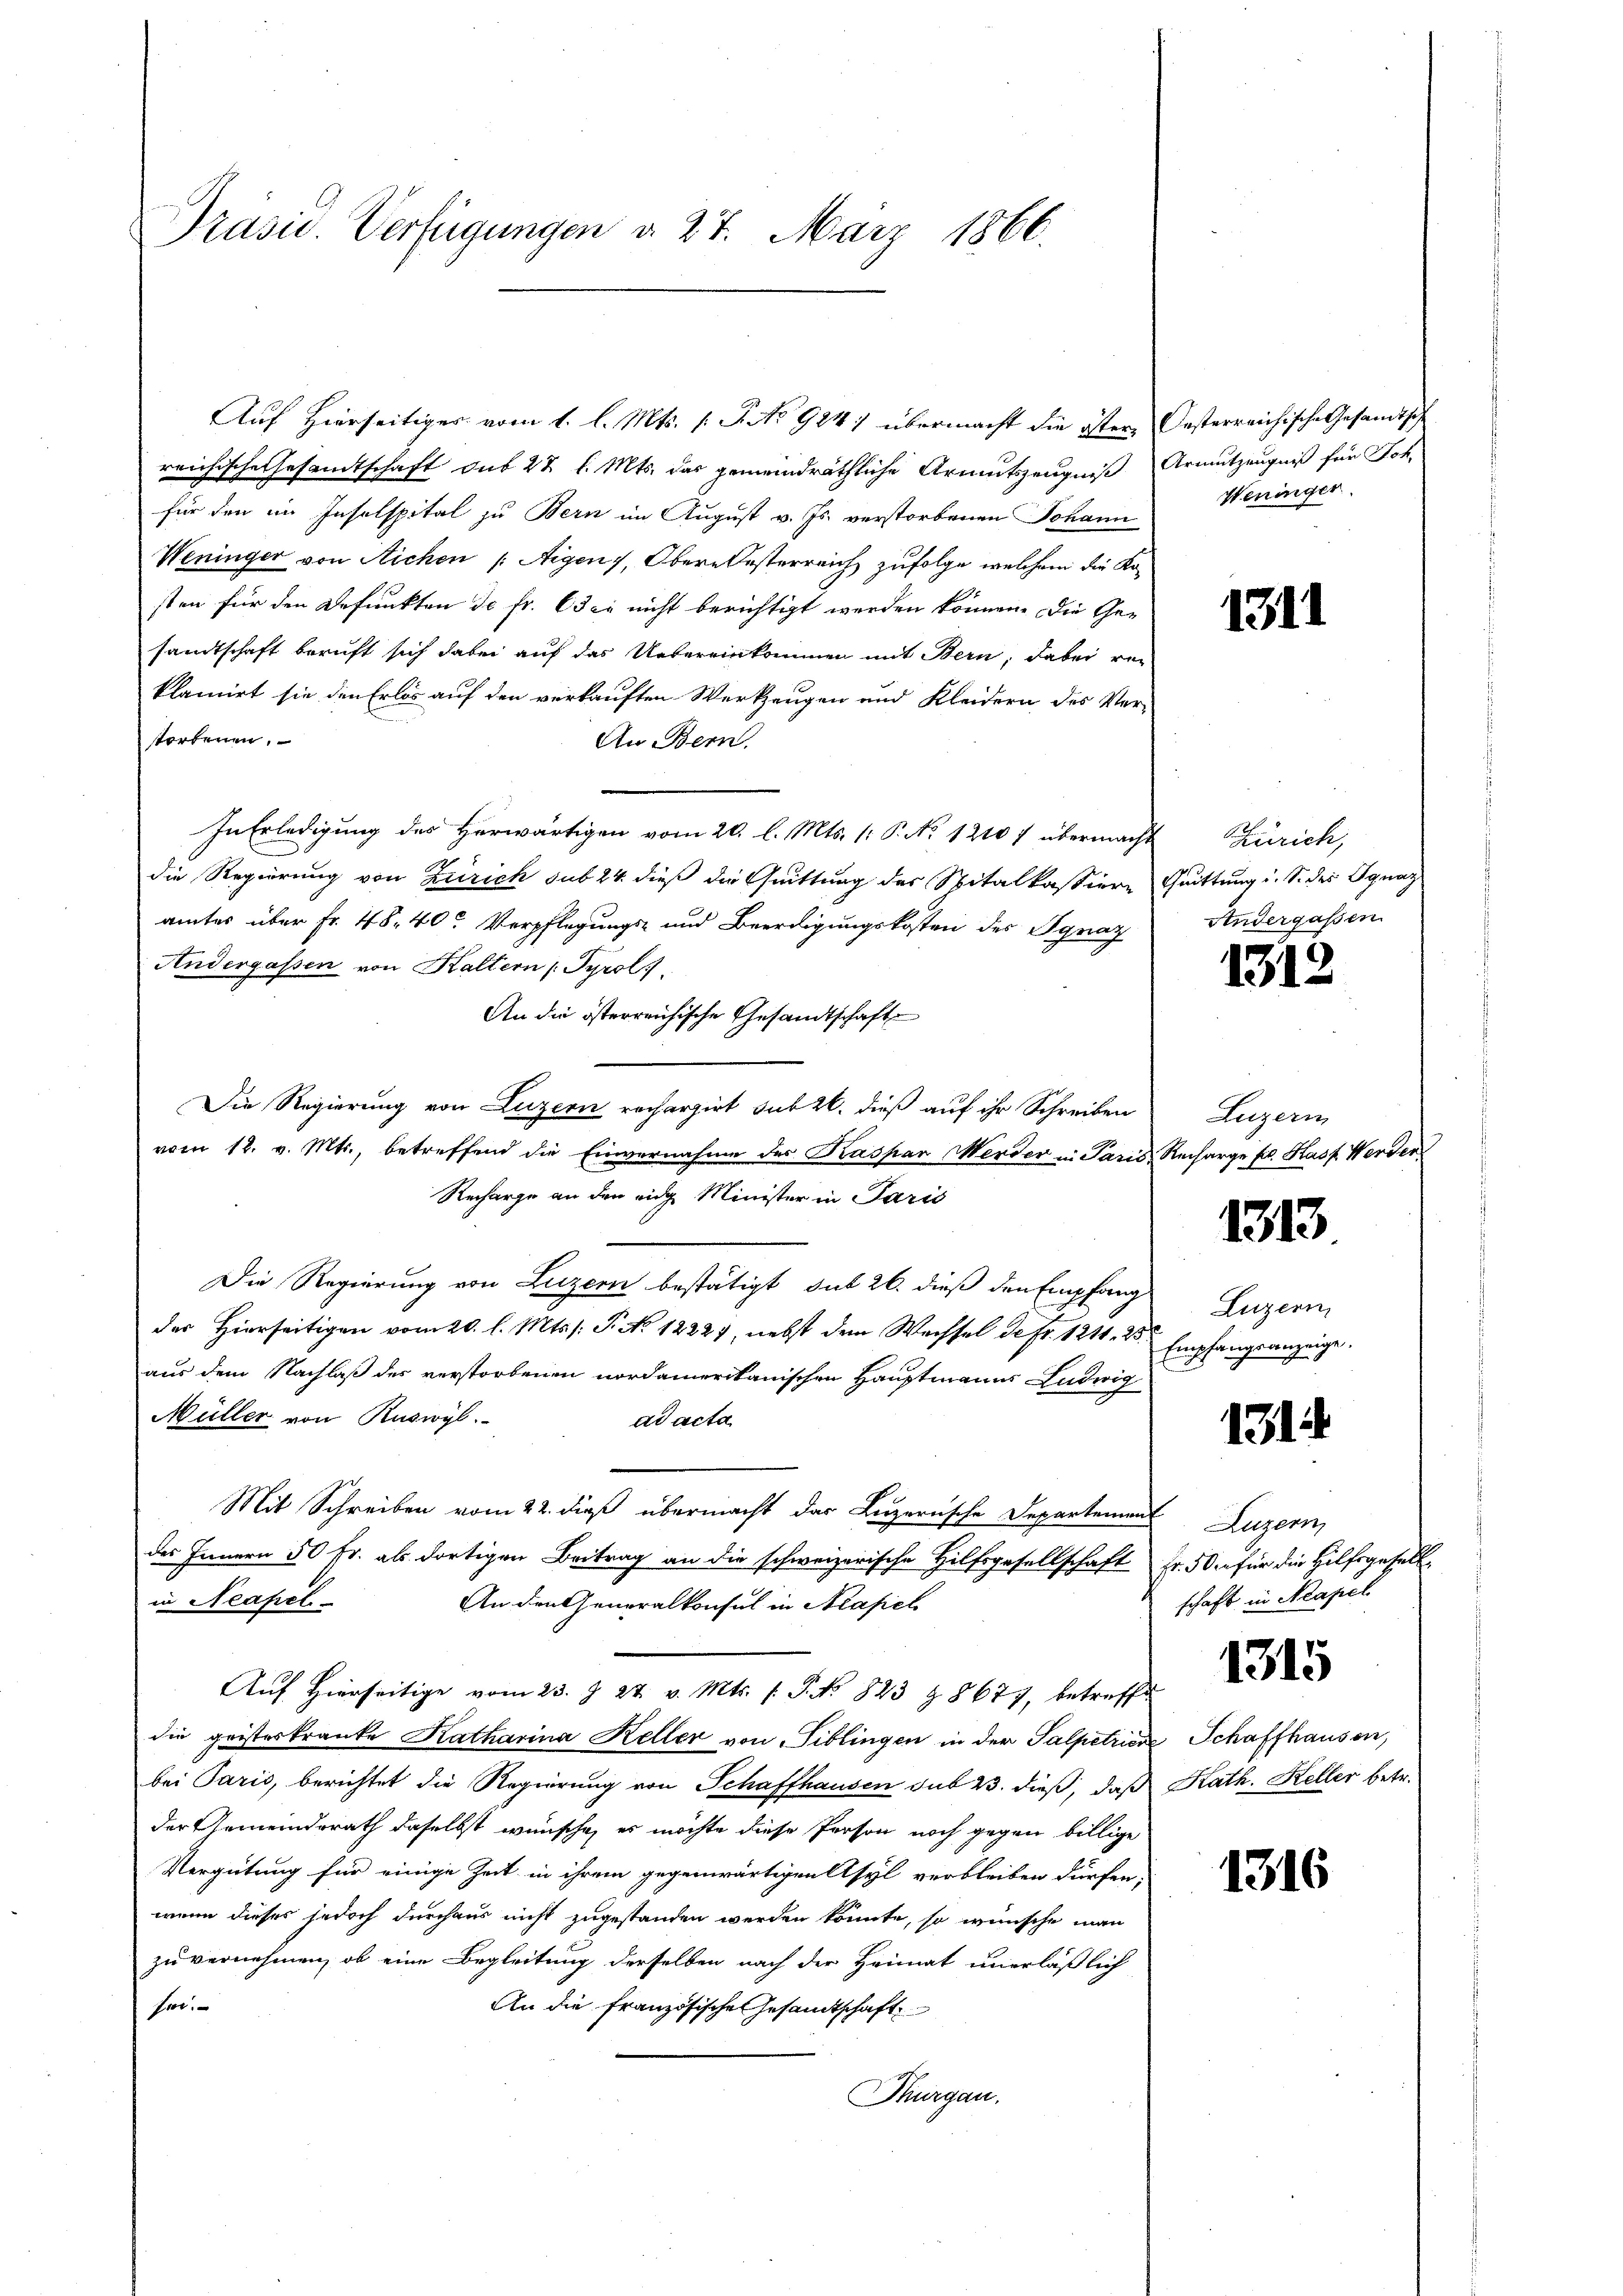
Präsid. Verfügungen d. 27. März 1866.

Auf Hierseitiges vom 1. l. Mts. (T. No 924) übermacht die österreichische Gesandtschaft du 22 l. Mts. das gemeindräthliche Armutszeugniß
für den im Inselspital zu Bern im August v. Js. verstorbenen Johann
Weninger von Aichen /: Aigen), Obern Oesterreich zufolge, welchem die Kosten für den Befunkten de fr. Oder nicht berichtigt werden können. Die Gesandtschaft beruft sich dabei auf das Uebereinkommen mit Bern, dabei ver
klamirt sie den Erlös auf den verkauften Werkzeugen und Kleidern des Ver-
storbenen.
An Bern,
In Erledigung des Herwärtigen vom 20. l. Mts. (: P. No 12107 übermacht
die Regierung von Zürich sub 24. dieß die Quittung des Spitalkassiere
amtes über Fr. 48. 40. Verpflegungs- und Beerdigungskosten des Ignaz
Andergassen von Kaltern Tyrol.
An die österreichische Gesandtschaft
Die Regierung von Luzern recherzirt sub 20. dieß auf ihr Schreiben
vom 12. v. Mts., betreffend die Einvernahme des Kaspar Werder in Paris Recharge fl. Kasp. Werden
Recharge an den ein Minister in Paris
Die Regierung von Luzern bestätigt sub 26. dieß den Empfangs Luzern
der Hierseitigen vom 20. l. Mts. s: P. No 12223, nebst dem Wechsel de Fr. 1211. 25.
aus dem Nachlaß des verstorbenen nordamerikanischen Hauptmanns Ludwig
Müller von Ruswyl.
ad acta
Mit Schreiben vom 22. dieß übermacht das Luzernische Departemen
des Innern 50 Fr. als dortigen Beitrag an die schweizerische Hilfsgesellschaft
in Neapel
An den Generalkonsul in Krafiel
Aŭf Hierseitige vom 23. J. 27. v. Mts. s. S. NNo. 823 & 8677, betreffe
die geisteskranke Katharina Keller von Tiblingen in der Salpetrier
bei Paris, berichtet die Regierung von Schaffhausen sub 23. dieß, daß Kath. Keller betr.
der Gemeindsrath daselbst wünsche, es möchte diese Person noch gegen billige
Vergütung für einige Zeit in ihrem gegenwärtigen Asyl verbleiben dürfen,
wenn dieses jedoch durchaus nicht zugestanden werden könnte, so wünsche man
zu vernehmen, ob eine Begleitung derselben nach der Heimat unerläßlich
sei
An die französische Gesandtschaft
Thurgau.

Oesterreichische Gesandtsch
Armutzeugniß für Joh.
Weninger.

1311

Zürich,
Quittung u. S. des Ignaz
Andergassen.

1312

Luzern

1313.

Empfangsanzeige.

1314

Luzern,
Fr. 50 für die Hilfsgesell
schaft in Neapel

Schaffhausen,

1315

1316